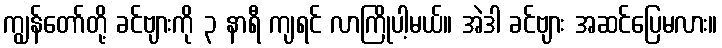
ကျွန်တော်တို့ ခင်ဗျားကို ၃ နာရီ ကျရင် လာကြိုပါ့မယ်။ အဲဒါ ခင်ဗျား အဆင်ပြေမလား။